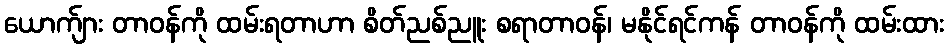
ယောက်ျား တာဝန်ကို ထမ်းရတာဟာ စိတ်ညစ်ညူး စရာတာဝန်၊ မနိုင်ရင်ကန် တာဝန်ကို ထမ်းထား